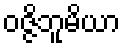
ဝဇ္ဇိဘူမိယာ